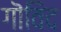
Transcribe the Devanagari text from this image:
गॊविंद